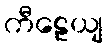
ကီဠေယျ